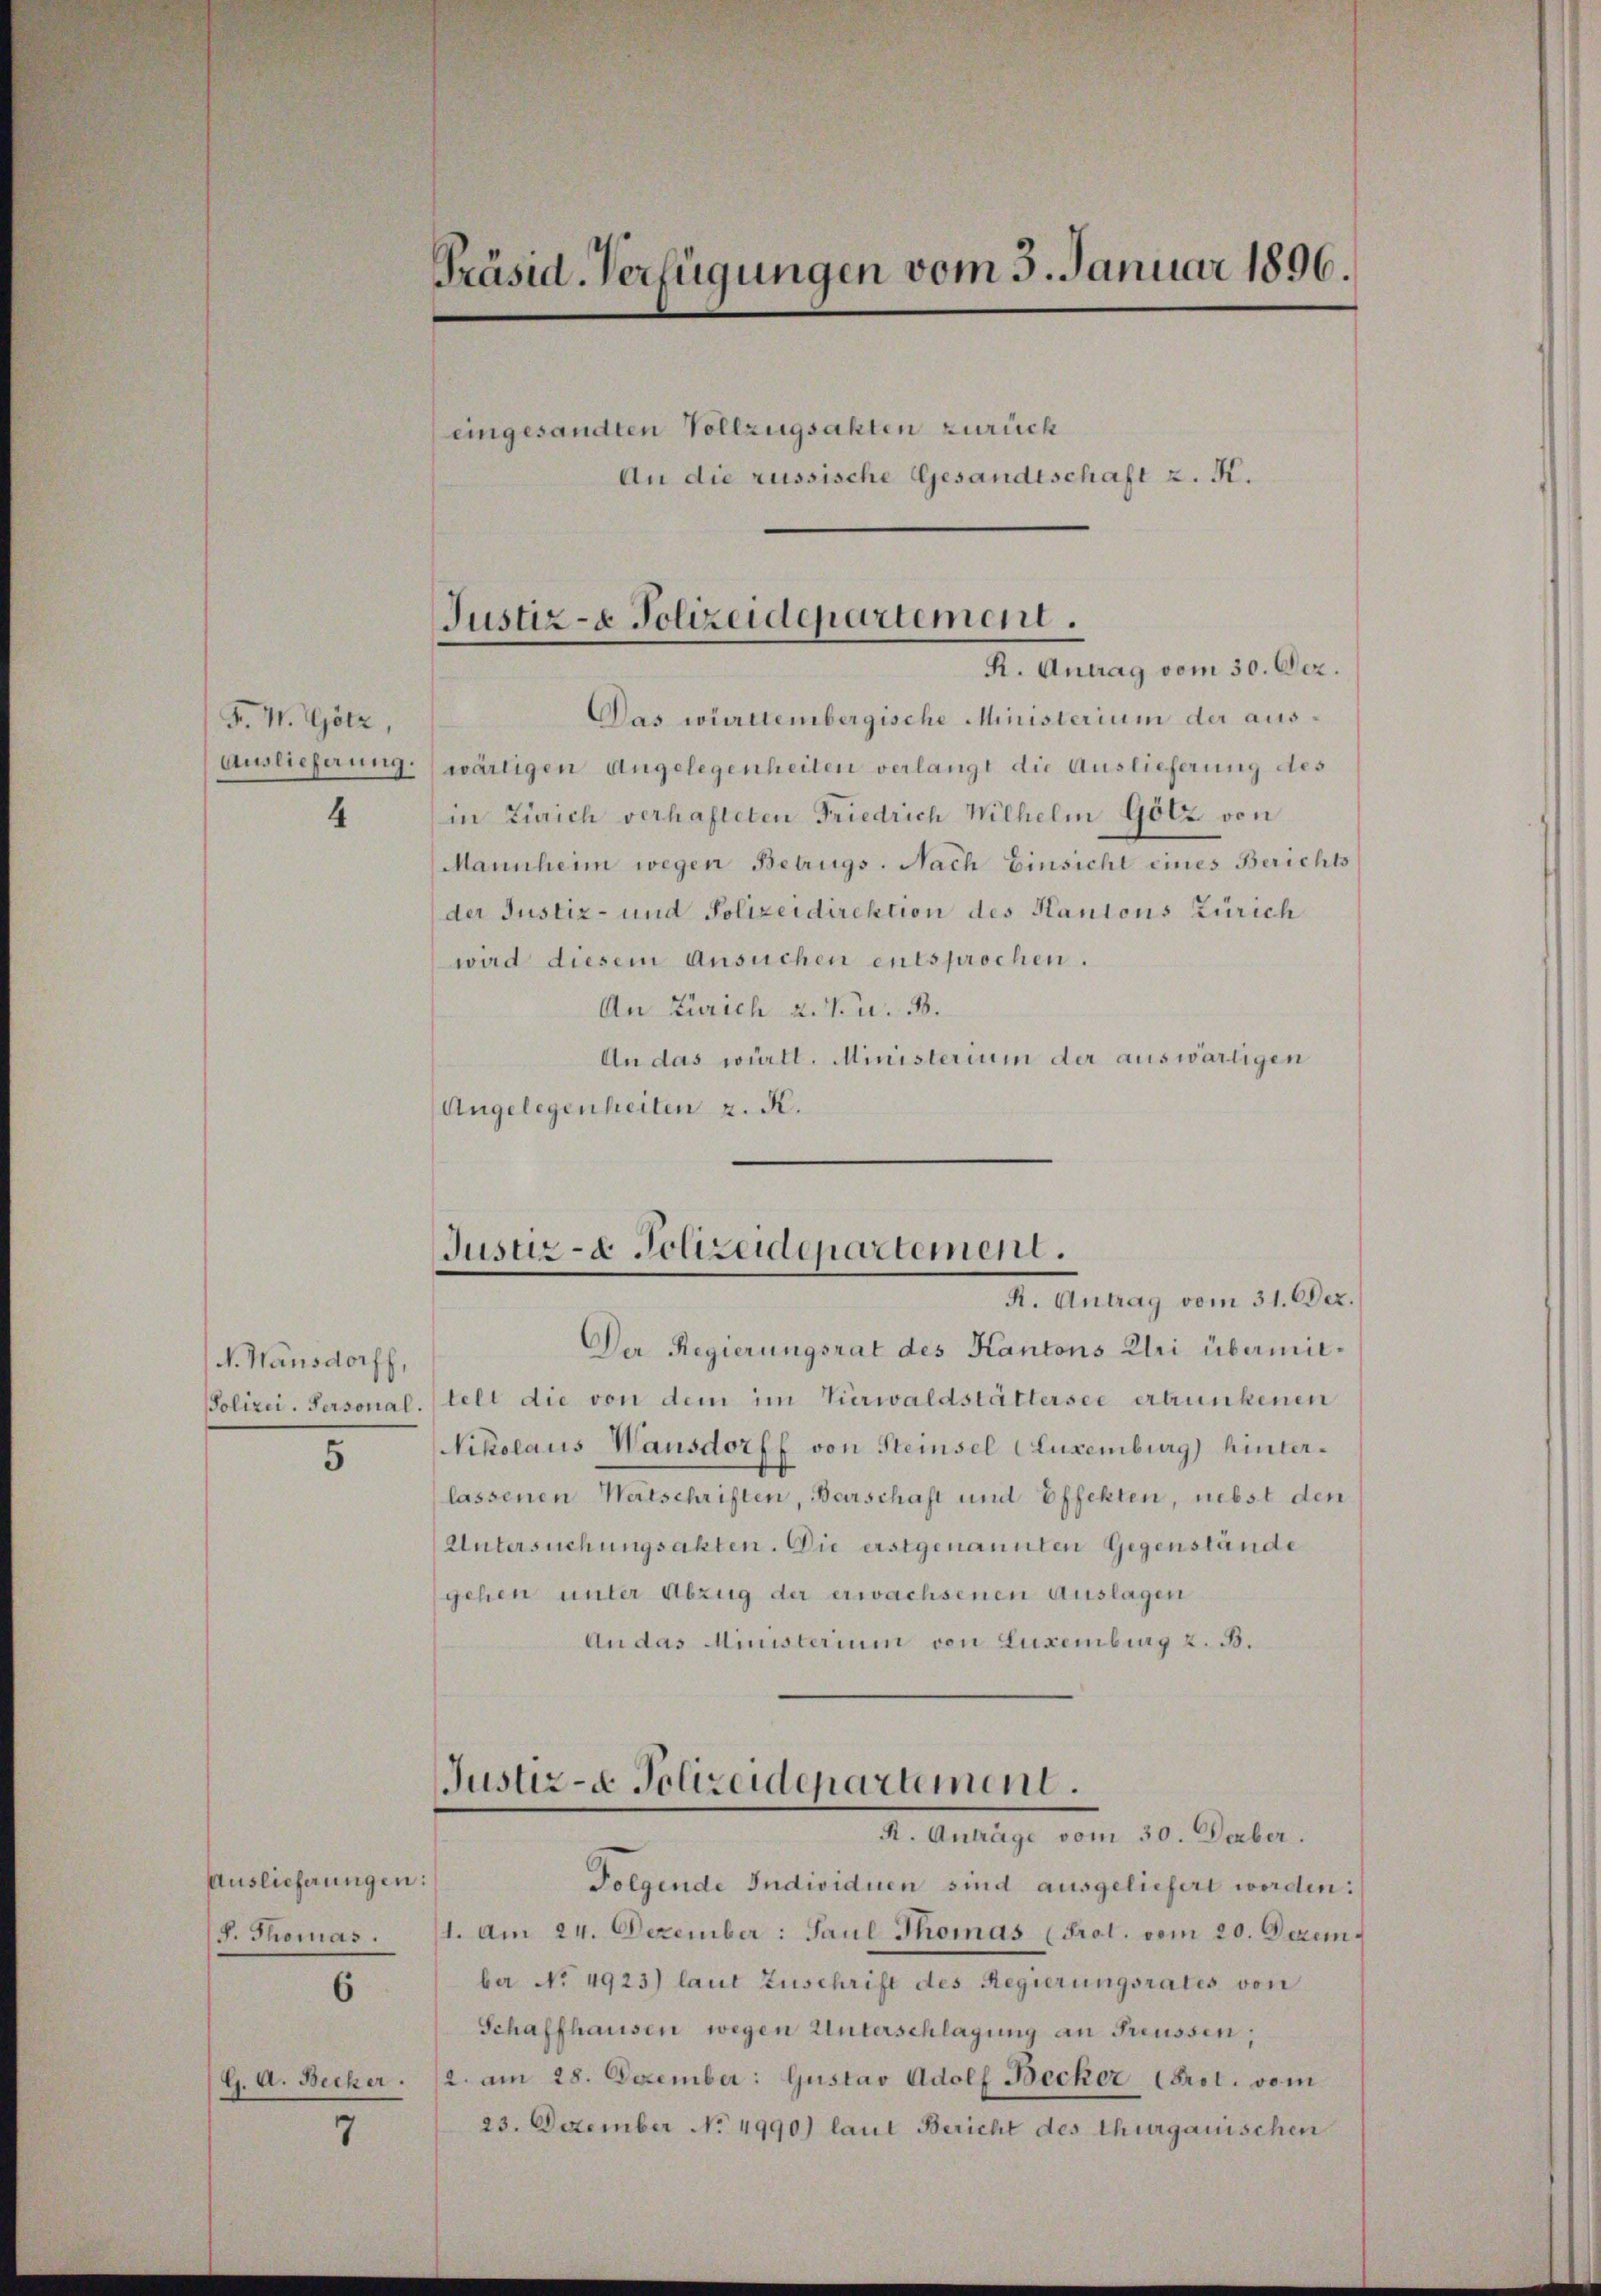
F. W. Götz,
Auslieferung.
4

N. Wansdorff,
5

Auslieferungen:
F. Thomas.

6

G. A. Becker.

7

Präsid. Verfügungen vom 5. Januar 1896.

eingesandten Vollzugsakten zurück
An die russische Gesandtschaft z. K.

Das württembergische Ministerium der auswärtigen Angelegenheiten verlangt die Auslieferung des
in Zürich verhafteten Friedrich Wilhelm Götz von
Mannheim wegen Betrugs. Nach Einsicht eines Berichts
der Justiz- und Polizeidirektion des Kantons Zürich
wird diesem Ansuchen entsprochen.
An Zürich 2. V. u. B.
An das württ. Ministerium der auswärtigen
Angelegenheiten z. K.

Justiz- & Polizeidepartement.
R. Antrag vom 30. Dez.

Justiz- & Polizeidepartement.
R. Antrag vom 31. Dez.

Der Regierungsrat des Kantons Uri übermit¬
Polizei-Personal. telt die von dem im Verwaldstättersee ertrunkenen
Nikolaus Wansdorff von Steinsel (Luxenburg) hinterlassenen Watschriften, Barschaft und Effekten, nebst den
Untersuchungsakten. Die erstgenannten Gegenstände
gehen unter Abzug der erwachsenen Auslagen
An das Ministerium von Luxenburg z. B.

Justiz- & Polizeidepartement.
R. Anträge vom 30. Decber.

Folgende Individuen sind ausgeliefert werden:
1. Am 24. Dezember: Paul Thomas (Prot. vom 20. Dezemba No. 4923) laut Zuschrift des Regierungsrates von
Schaffhausen wegen Unterschlagung an Freussen;
2. am 28. Dezember: Gustav Adolf Becker brot. vom
23. Dezember No. 4990) laut Bericht des Thurgauischen